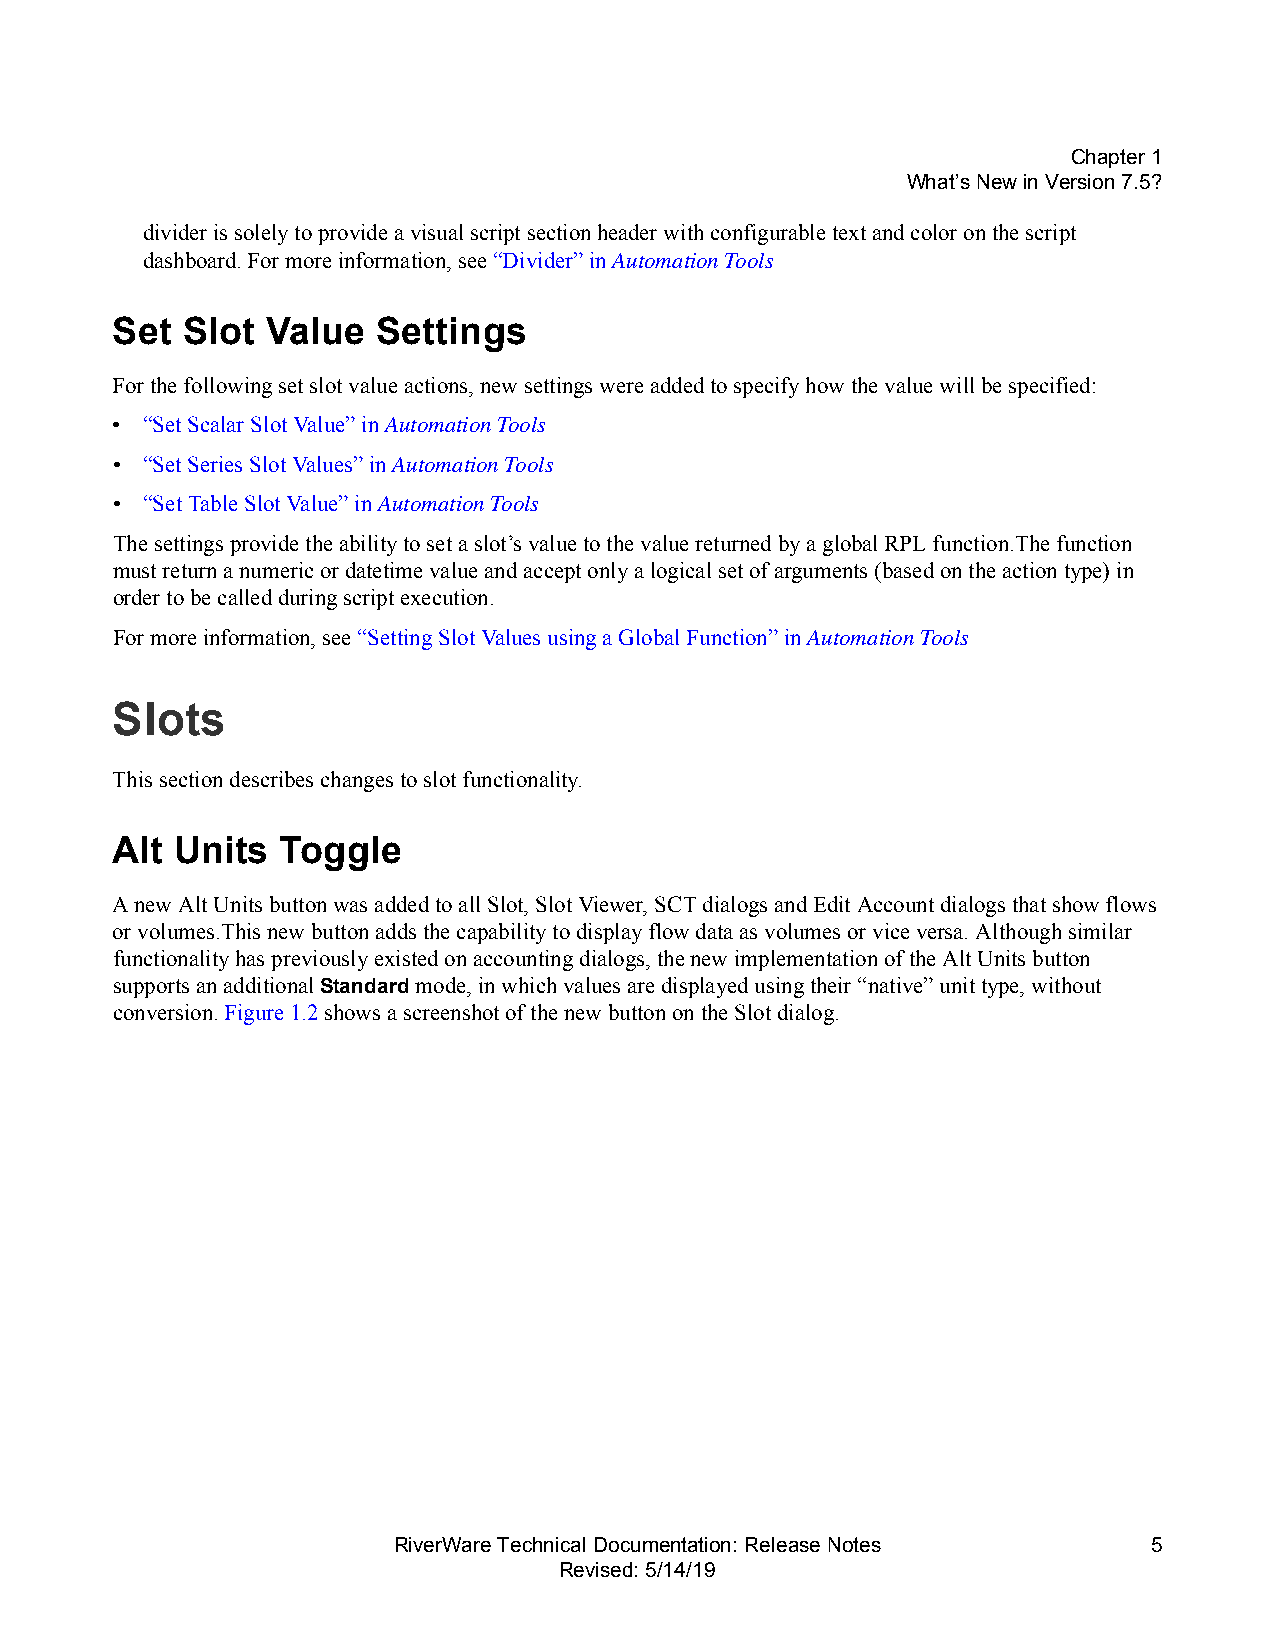
Chapter1
 What’s New in Version7.5?
 divider is solely to provide a visual script section header with configurable text and color on the script
 dashboard. For more information, see “Divider” in Automation Tools
 Set  Slot  Value  Settings
 For the following set slot value actions, new settings were added to specify how the value will be specified:
 • “Set Scalar Slot Value” in Automation Tools
 • “Set Series Slot Values” in Automation Tools
 • “Set Table Slot Value” in Automation Tools
 The settings provide the ability to set a slot’s value to the value returned by a global RPL function.The function
 must return a numeric or datetime value and accept only a logical set of arguments (based on the action type) in
 order to be called during script execution.
 For more information, see “Setting Slot Values using a Global Function” in Automation Tools
 Slots
 This section describes changes to slot functionality.
 Alt  Units  Toggle
 A new Alt Units button was added to all Slot, Slot Viewer, SCT dialogs and Edit Account dialogs that show flows
 or volumes.This new button adds the capability to display flow data as volumes or vice versa. Although similar
 functionality has previously existed on accounting dialogs, the new implementation of the Alt Units button
 supports an additional Standard mode, in which values are displayed using their “native” unit type, without
 conversion. Figure1.2 shows a screenshot of the new button on the Slot dialog.
 RiverWare Technical Documentation: Release Notes  5
 Revised: 5/14/19